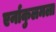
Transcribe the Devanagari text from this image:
एर्नाकुलमला